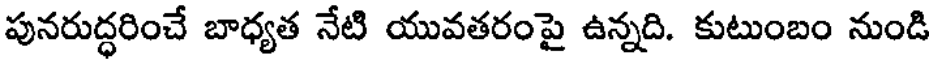
పునరుద్ధరించే బాధ్యత నేటి యువతరంపై ఉన్నది. కుటుంబం నుండి